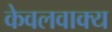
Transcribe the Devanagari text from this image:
केवलवाक्य